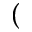
(